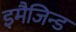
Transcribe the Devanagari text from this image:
इमैजिन्ड